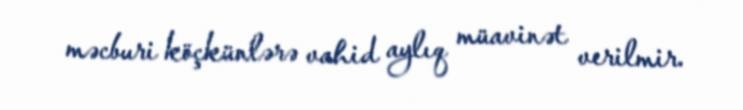
məcburi köçkünlərə vahid aylıq müavinət verilmir.